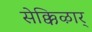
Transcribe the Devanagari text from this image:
सेक्किऴार्